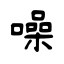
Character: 噪